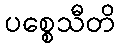
ပစ္စေသီတိ